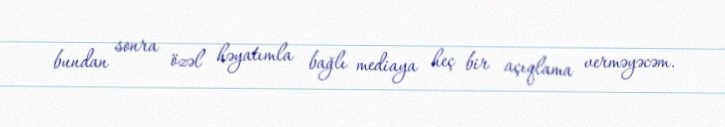
bundan sonra özəl həyatımla bağlı mediaya heç bir açıqlama verməyəcəm.